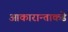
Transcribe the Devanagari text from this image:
आकारान्ताकडे